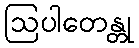
ဩပါတေန္တု